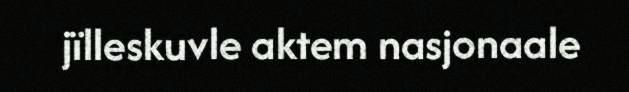
jïlleskuvle aktem nasjonaale